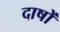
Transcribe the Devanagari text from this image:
दाषों